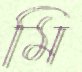
মি